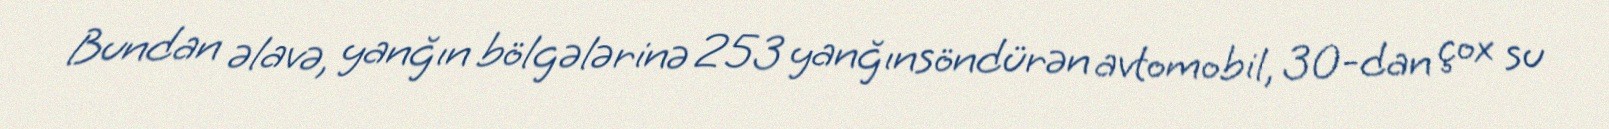
Bundan əlavə, yanğın bölgələrinə 253 yanğınsöndürən avtomobil, 30-dan çox su